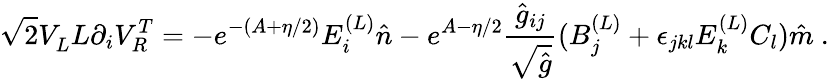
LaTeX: \sqrt{2}V_{L}^{\vphantom{T}}L\partial_{i}V_{R}^{T}=-e^{-(A+\eta/2)}E_{i}^{(L)}\hat{n}-e^{A-\eta/2}{\frac{\hat{g}_{ij}}{\sqrt{\hat{g}}}}(B_{j}^{(L)}+\epsilon_{jkl}E_{k}^{(L)}C_{l})\hat{m}\ .